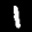
Digit: 1